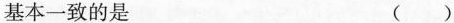
基本一致的是 ()